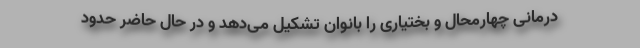
درمانی چهارمحال و بختیاری را بانوان تشکیل می‌دهد و در حال حاضر حدود